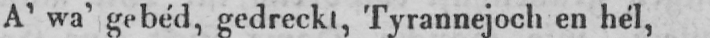
A’ wa’ gebéd, gedreckt, Tyrannejoch en hél,